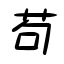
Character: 苟